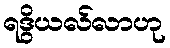
ရဒွိယလ်လာဟု